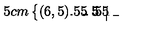
\unitlength . 5 c m \left\{ \begin{picture} { ( 6 , 5 ) \put ( 2 , 4 . 5 ) { \line ( 0 , - 1 ) { 4 . 5 } } \put ( 1 . 5 , 4 ) { \line ( 1 , 0 ) { 1 } } \put ( 1 . 5 , 3 ) { \line ( 1 , 0 ) { 1 } } \put ( 1 . 5 , 2 ) { \line ( 1 , 0 ) { 1 } } \put ( 1 . 5 , 1 ) { \line ( 1 , 0 ) { 1 } } \put ( 1 , . 5 ) { \line ( 1 , 0 ) { 4 . 5 } } } \\ \end{picture} \right.